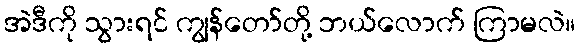
အဲဒီကို သွားရင် ကျွန်တော်တို့ ဘယ်လောက် ကြာမလဲ။